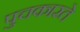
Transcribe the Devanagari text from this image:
पुचकारते